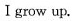
Igrow up.